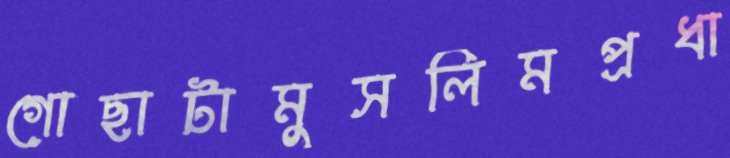
গোছাটামুসলিমপ্রধা